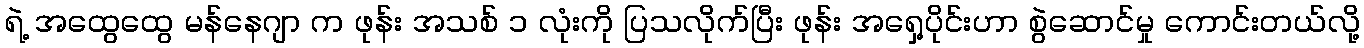
ရဲ့ အထွေထွေ မန်နေဂျာ က ဖုန်း အသစ် ၁ လုံးကို ပြသလိုက်ပြီး ဖုန်း အရှေ့ပိုင်းဟာ စွဲဆောင်မှု ကောင်းတယ်လို့